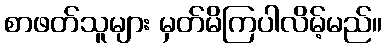
စာဖတ်သူများ မှတ်မိကြပါလိမ့်မည်။